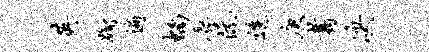
英蹰遍螭辱阮逶庚翥决